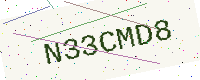
Text: N33CMD8